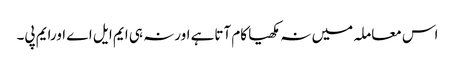
اس معاملہ میں نہ مکھیا کام آتاہے اورنہ ہی ایم ایل اے اورایم پی۔